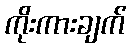
ကိုးကားချက်